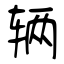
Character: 辆